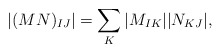
\begin{align*} |(MN)_{IJ}|=\sum_{K}|M_{IK}||N_{KJ}|,\end{align*}